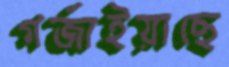
গর্‌জাইয়াছে